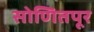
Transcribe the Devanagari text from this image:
सोणितपूर